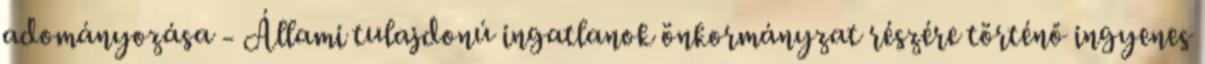
adományozása - Állami tulajdonú ingatlanok önkormányzat részére történő ingyenes